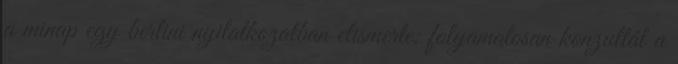
a minap egy berlini nyilatkozatban elismerte: folyamatosan konzultál a